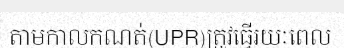
តាមកាលកណត់(UPR)ត្រូវធ្វើរយៈពេល